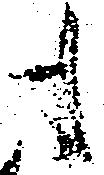
も